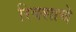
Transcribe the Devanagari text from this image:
रिक्शाचे